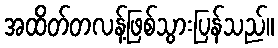
အထိတ်တလန့်ဖြစ်သွားပြန်သည်။